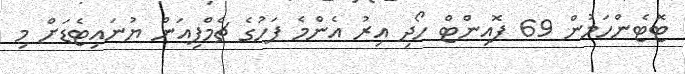
ޓޮޓެންހަމުން 69 ޕޮއިންޓް ހޯދި އިރު އެންމެ ފަހުގެ ޗެމްޕިއަން ޔުނައިޓެޑަށް މި